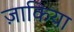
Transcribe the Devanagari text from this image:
ज़ाकिया